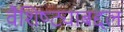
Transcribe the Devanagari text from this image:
वैशिष्ट्याबद्दल